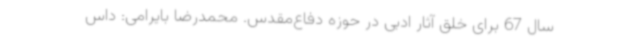
سال 67 برای خلق آثار ادبی در حوزه دفاع‌مقدس. محمدرضا بایرامی: داس